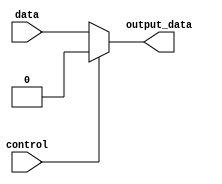
module bidirectional_buffer (
    input data,
    input control,
    output reg output_data
);

always @ (control or data)
begin
    if (control == 1'b0)
        output_data <= data;
    else
        output_data <= 1'b0;
end

endmodule